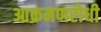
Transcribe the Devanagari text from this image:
आक्रमणरोधी